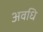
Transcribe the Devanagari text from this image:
अवधि